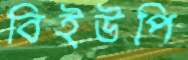
বিইউপি